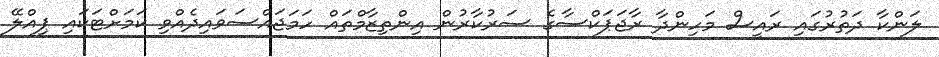
ލަންކާ ދަތުރުގައި ރައީސް މަހިންދާ ރާޖަޕަކްސާގެ ސަރުކާރުން އިންތިޒާމްތައް ހަމަޖައްސަވައިދެއްވި ކަމަށްޓަކައި ޕިއްލޭ